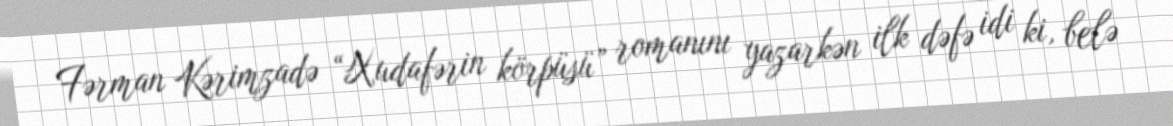
Fərman Kərimzadə “Xudafərin körpüsü” romanını yazarkən ilk dəfə idi ki, belə